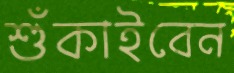
শুঁকাইবেন